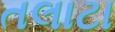
તલાટા